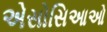
એસોસિઆઓ